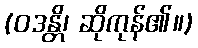
(ဝဒန္တိ၊ ဆိုကုန်၏။)